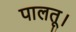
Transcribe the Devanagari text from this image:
पालतू।